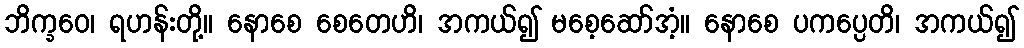
ဘိက္ခဝေ၊ ရဟန်းတို့။ နောစေ စေတေဟိ၊ အကယ်၍ မစေ့ဆော်အံ့။ နောစေ ပကပ္ပေတိ၊ အကယ်၍